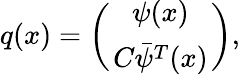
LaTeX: q(x)=\left({\psi(x)\atop C\bar{\psi}^{T}(x)}\right),